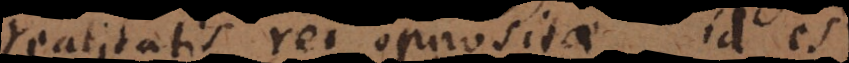
realitatis rei oppositae, id es